Newspaper: The Seattle post-intelligencer. [volume]
Place of publication: Seattle, Wash. Terr. [Wash.]
Publisher: Post-Intelligencer Pub. Co.
Date: 1900-10-19 00:00:00
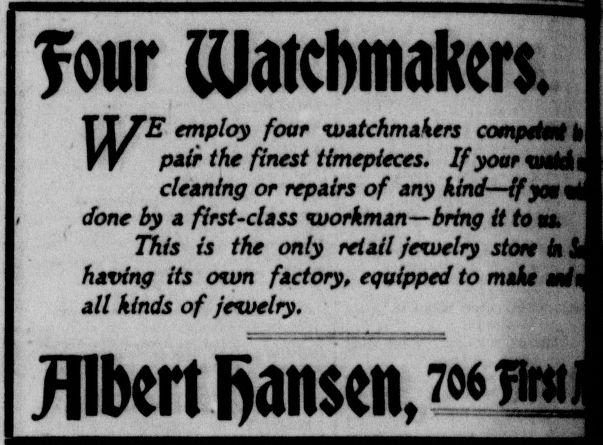
Advertisement text (OCR):
four matchmakers. TT/2T employ four watchmakers compete#h W pair the finest timepieces. If your tiiflMi cleaning or repairs of any kind—if ynitri done by a first-class workman—bring it ton, This is the only retail jewelry store bi £ having its own factory, equipped to make mit all kinds of jewelry. Albert fiaiwti, m »HJ
Label: text-only